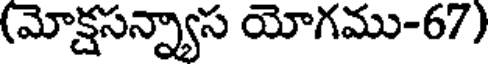
(మోక్షసన్న్యాస యోగము-67)